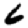
Digit: 6